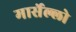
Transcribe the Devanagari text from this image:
मार्सेल्लो